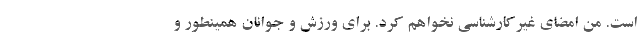
است. من امضای غیرکارشناسی نخواهم کرد. برای ورزش و جوانان همینطور و